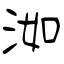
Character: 洳